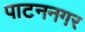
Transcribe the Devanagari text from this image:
पाटननगर